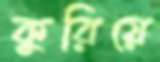
কুরিয়ে